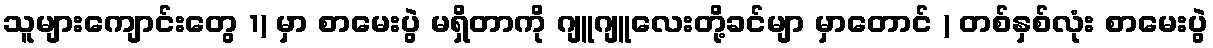
သူများကျောင်းတွေ 1) မှာ စာမေးပွဲ မရှိတာကို ဂျူဂျူလေးတို့ခင်မျာ မှာတောင် ) တစ်နှစ်လုံး စာမေးပွဲ